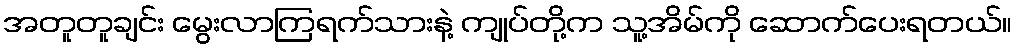
အတူတူချင်း မွေးလာကြရက်သားနဲ့ ကျုပ်တို့က သူ့အိမ်ကို ဆောက်ပေးရတယ်။